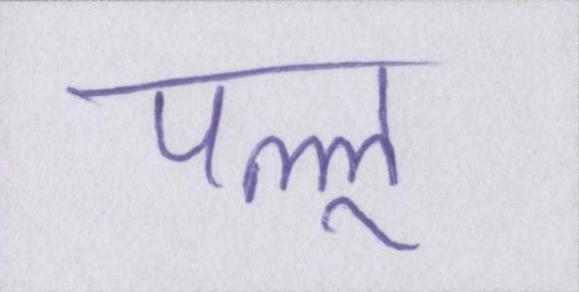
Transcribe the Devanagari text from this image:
पल्लू